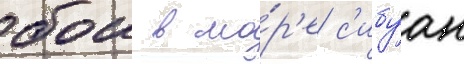
бои в мо́р'е с'ибуан